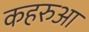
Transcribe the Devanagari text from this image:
कहरुआ